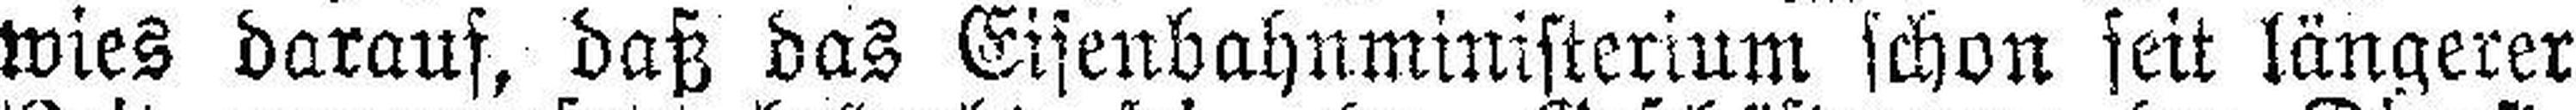
wies darauf, daß das Eisenbahnministerium schon seit längerer